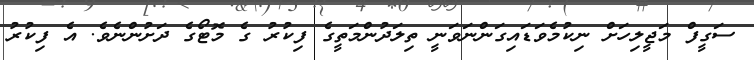
ސަގީފް މަޖީލިހަށް ނިކުމެވަޑައިގަންނަވަނީ ތިލަދުންމަތީގެ ފިކުރު ގެ މޮޓޯގެ ދަށުންނެވެ. އެ ފިކުރު